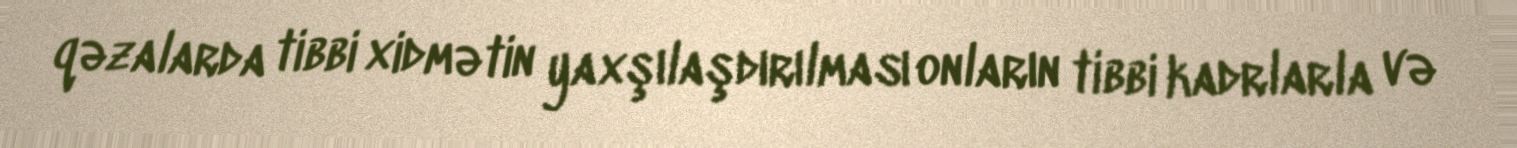
qəzalarda tibbi xidmətin yaxşılaşdırılması onların tibbi kadrlarla və